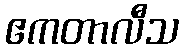
ဧကတာလီသ